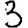
Digit: 3